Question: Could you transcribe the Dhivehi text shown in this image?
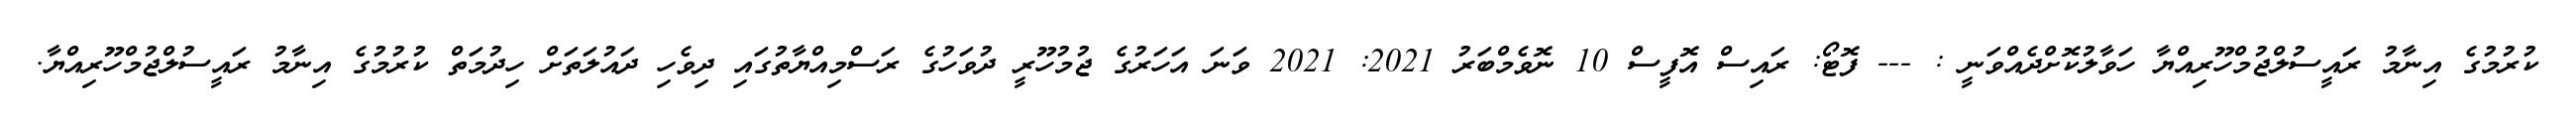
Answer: ކުރުމުގެ އިނާމު ރައީސުލްޖުމްހޫރިއްޔާ ހަވާލުކޮށްދެއްވަނީ : --- ފޮޓޯ: ރައިސް އޮފީސް 10 ނޮވެމްބަރު 2021: 2021 ވަނަ އަހަރުގެ ޖުމުހޫރީ ދުވަހުގެ ރަސްމިއްޔާތުގައި ދިވެހި ދައުލަތަށް ހިދުމަތް ކުރުމުގެ އިނާމު ރައީސުލްޖުމްހޫރިއްޔާ.